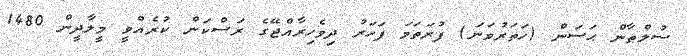
ސުލްޠާން ޙަސަން (ހަތަރުވަނަ) ފުރަތަމަ ފަހަރު ދިވެހިރާއްޖޭގެ ރަސްކަން ކުރެއްވީ މީލާދީން 1480